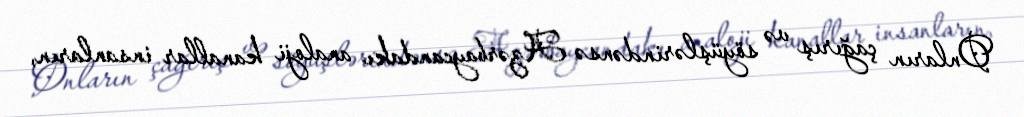
Onların çağırış və söyüşlərindənsə Azərbaycandakı analoji kanallar insanların,